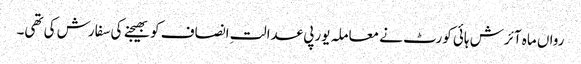
رواں ماہ آئرش ہائی کورٹ نے معاملہ یورپی عدالتِ انصاف کو بھیجنے کی سفارش کی تھی۔